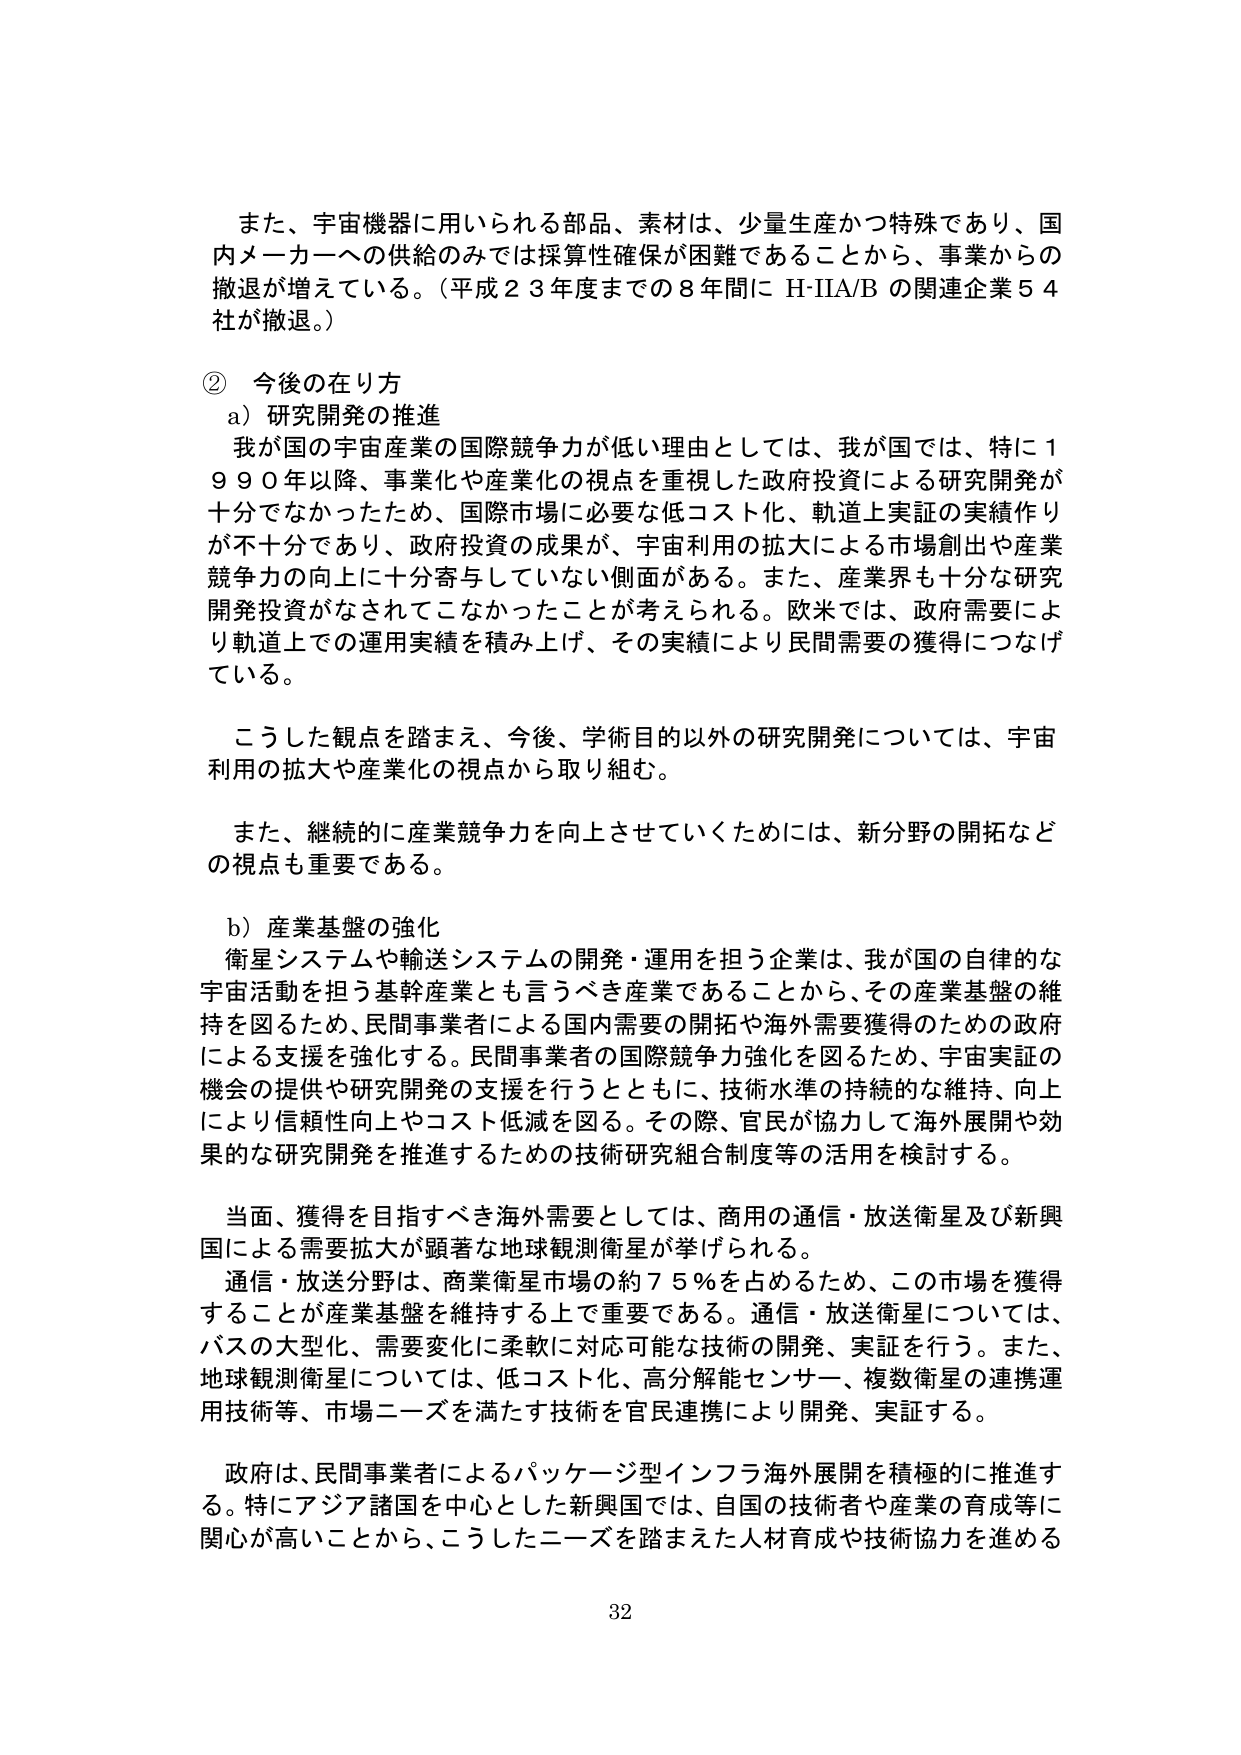
また、宇宙機器に用いられる部品、素材は、少量生産かつ特殊であり、国内メーカーへの供給のみでは採算性確保が困難であることから、事業からの撤退が増えている。（平成２３年度までの８年間にＨ-ＩＩＡ/Ｂの関連企業５４社が撤退。）

② 今後の在り方

ａ）研究開発の推進

我が国の宇宙産業の国際競争力が低い理由としては、我が国では、特に１９９０年以降、事業化や産業化の視点を重視した政府投資による研究開発が十分でなかったため、国際市場に必要な低コスト化、軌道上実証の実績作りが不十分であり、政府投資の成果が、宇宙利用の拡大による市場創出や産業競争力の向上に十分寄与していない側面がある。また、産業界も十分な研究開発投資がなされてこなかったことが考えられる。欧米では、政府需要により軌道上での運用実績を積み上げ、その実績により民間需要の獲得につなげている。

こうした観点を踏まえ、今後、学術目的以外の研究開発については、宇宙利用の拡大や産業化の視点から取り組む。

また、継続的に産業競争力を向上させていくためには、新分野の開拓などの視点も重要である。

ｂ）産業基盤の強化

衛星システムや輸送システムの開発・運用を担う企業は、我が国の自律的な宇宙活動を担う基幹産業とも言うべき産業であることから、その産業基盤の維持を図るため、民間事業者による国内需要の開拓や海外需要獲得のための政府による支援を強化する。民間事業者の国際競争力強化を図るため、宇宙実証の機会の提供や研究開発の支援を行うとともに、技術水準の持続的な維持、向上により信頼性向上やコスト低減を図る。その際、官民が協力して海外展開や効果的な研究開発を推進するための技術研究組合制度等の活用を検討する。

当面、獲得を目指すべき海外需要としては、商用の通信・放送衛星及び新興国による需要拡大が顕著な地球観測衛星が挙げられる。

通信・放送分野は、商業衛星市場の約７５％を占めるため、この市場を獲得することが産業基盤を維持する上で重要である。通信・放送衛星については、バスの大型化、需要変化に柔軟に対応可能な技術の開発、実証を行う。また、地球観測衛星については、低コスト化、高分解能センサー、複数衛星の連携運用技術等、市場ニーズを満たす技術を官民連携により開発、実証する。

政府は、民間事業者によるパッケージ型インフラ海外展開を積極的に推進する。特にアジア諸国を中心とした新興国では、自国の技術者や産業の育成等に関心が高いことから、こうしたニーズを踏まえた人材育成や技術協力を進める

32